38_143685_box_Incident_Summaries_173-233
Agency: Department of War
Page 21
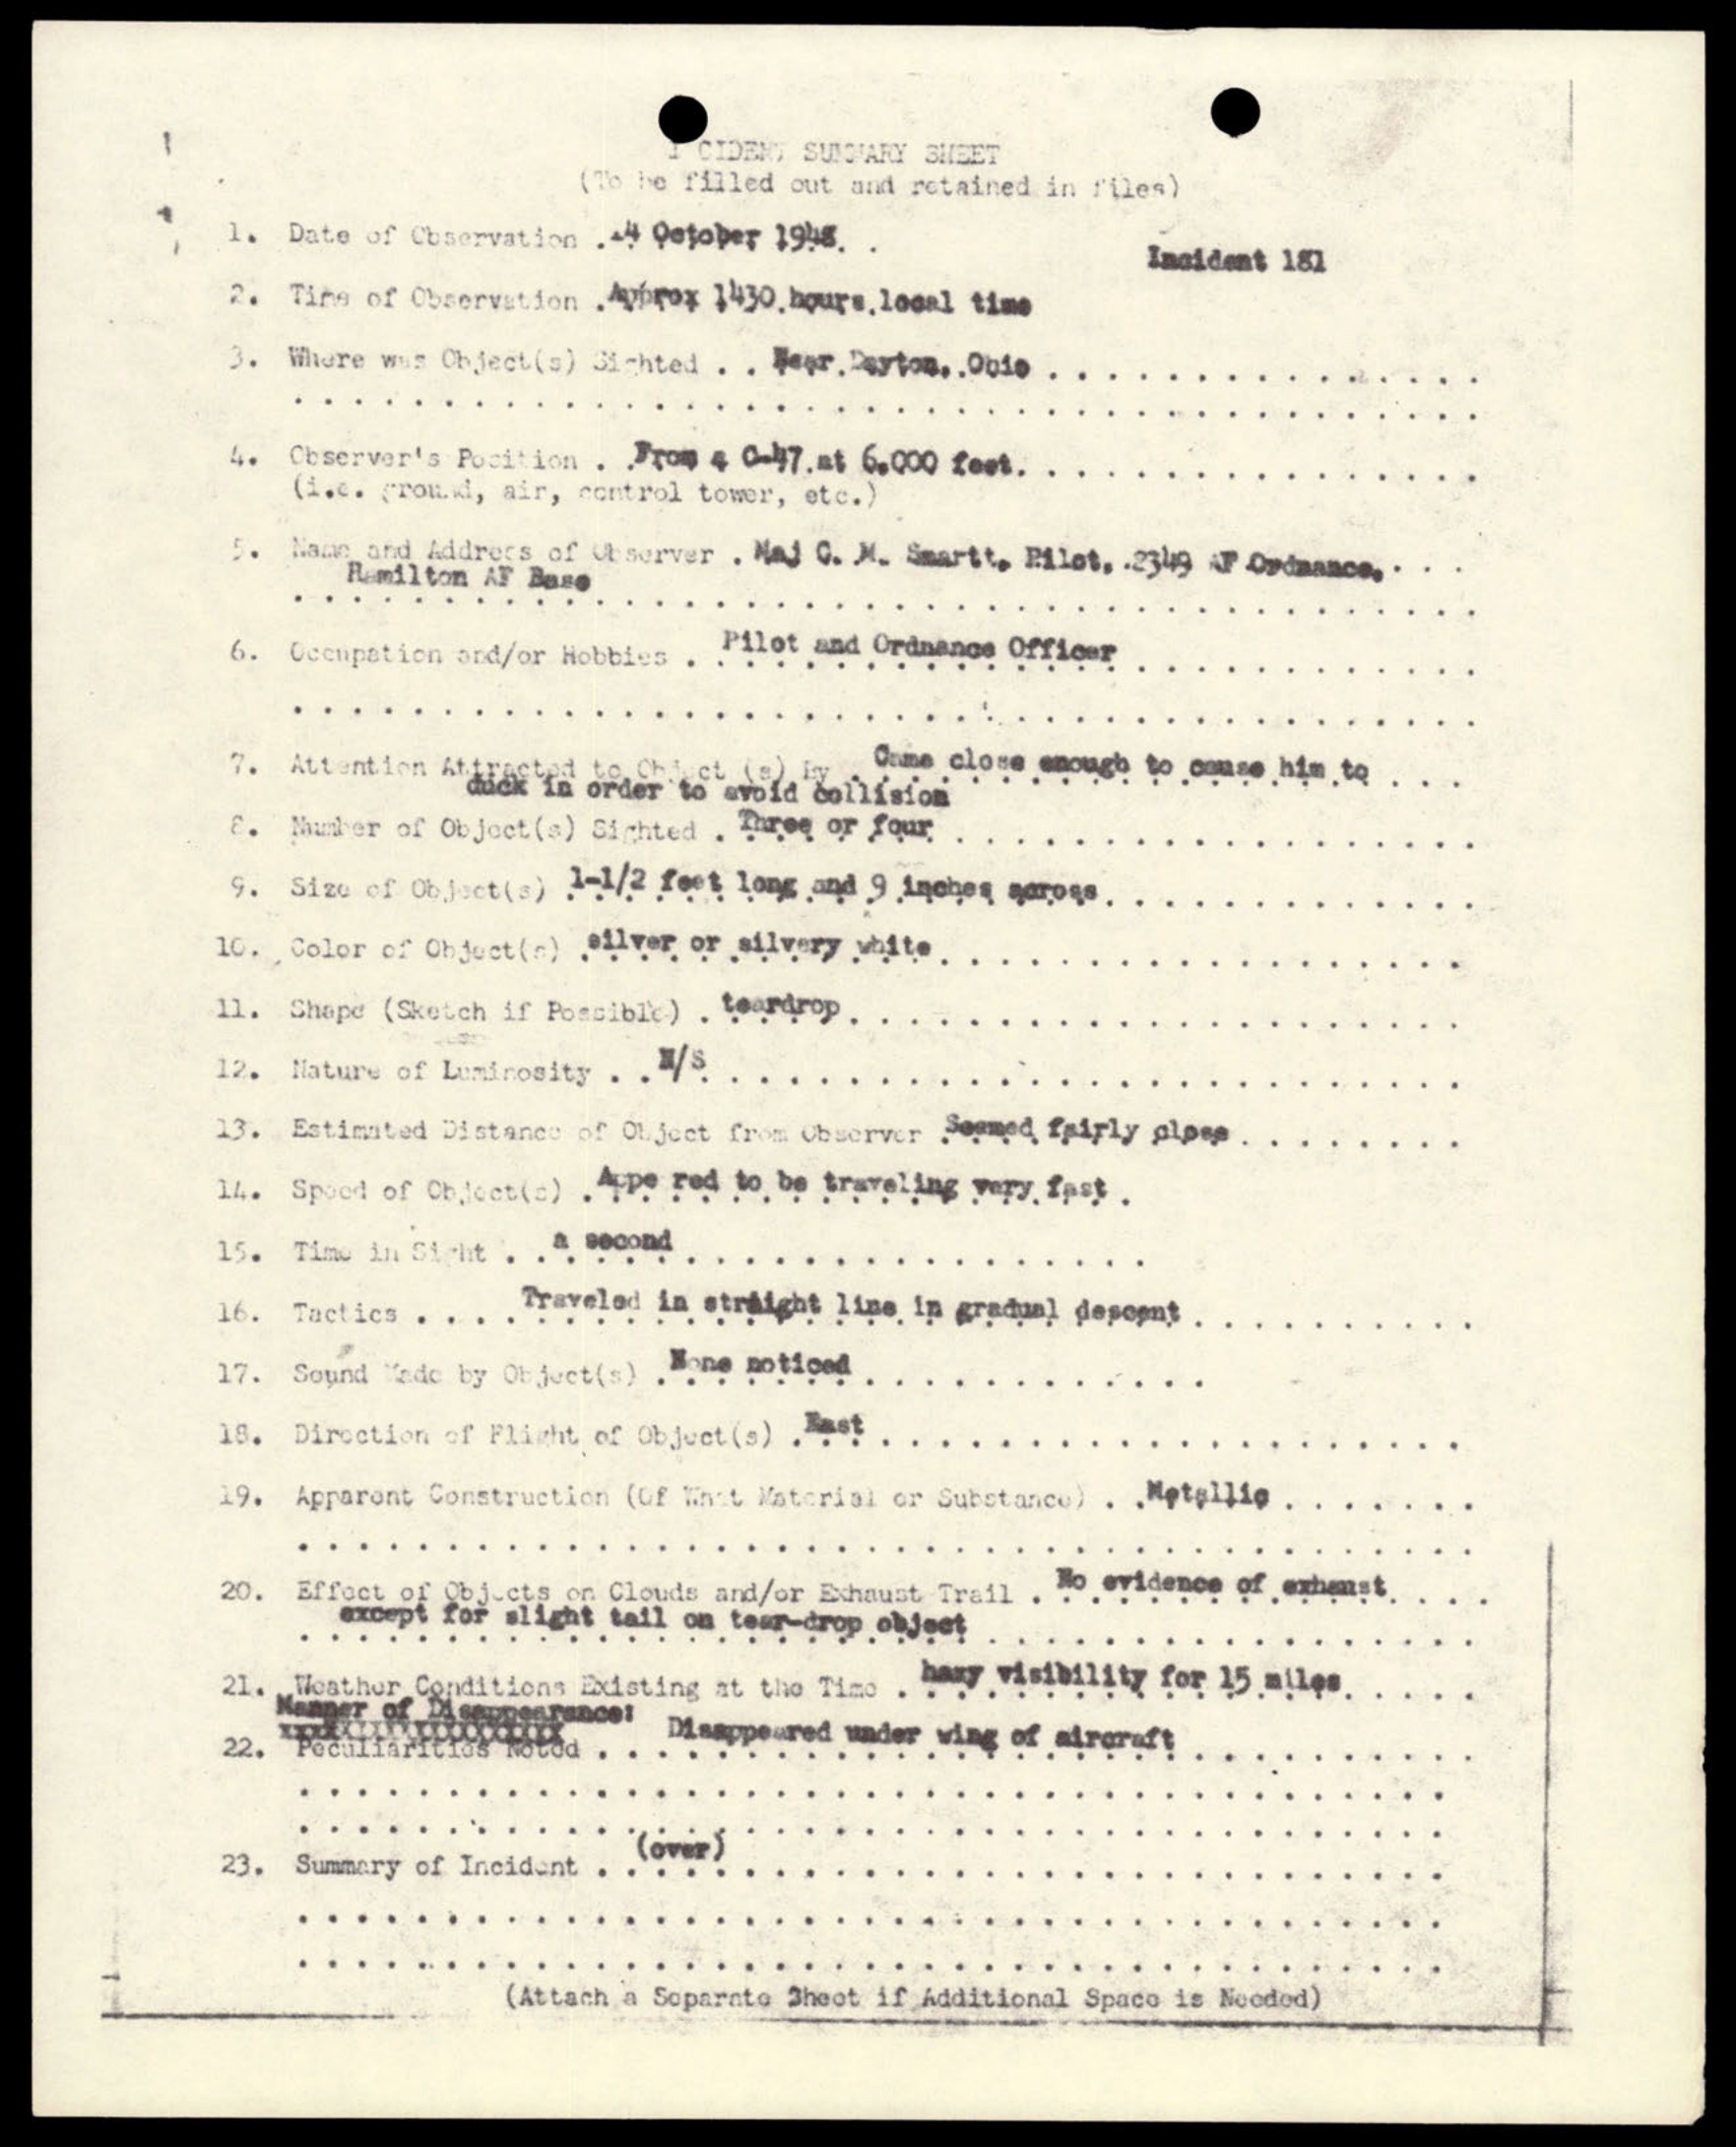